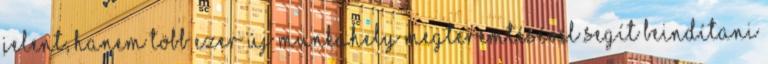
jelent, hanem több ezer új munkahely megteremtésével segít beindítani